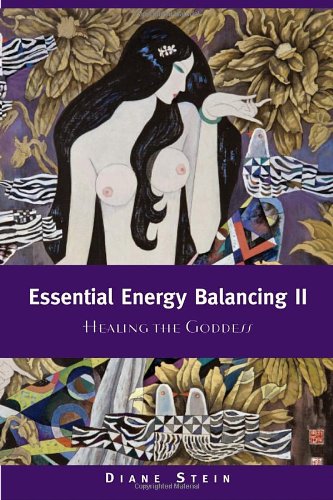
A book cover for Essential Energy Balancing II: Healing the Goddess; Diane Stein; Religion & Spirituality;